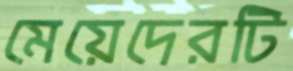
মেয়েদেরটি